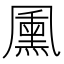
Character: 𭂺